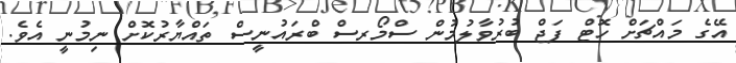
އޭގެ މައްޗަށް ހޮޓް ފަޖް ބުރުވާލުމުން ސްމޯރސް ބްރައުނީސް ތައްޔާރުކޮށް ނިމުނީ އެވެ.